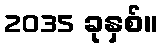
2035 ခုနှစ်။